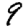
Digit: 9